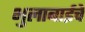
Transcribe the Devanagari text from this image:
भुलाबाईचे